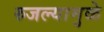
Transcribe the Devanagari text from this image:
रुजल्यामुळे